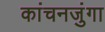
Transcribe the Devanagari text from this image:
कांचनजुंगा